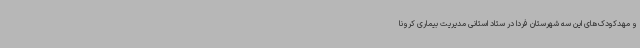
و مهدکودک‌های این سه شهرستان فردا در ستاد استانی مدیریت بیماری کرونا